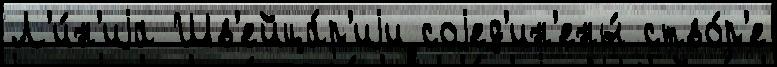
Л'и́н'иjа Шв'ейца́р'иjи соjед'ин'ены́ ство́р'е